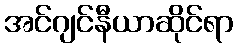
အင်ဂျင်နီယာဆိုင်ရာ